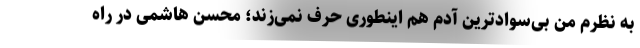
به نظرم من بی‌سوادترین آدم هم اینطوری حرف نمی‌زند؛ محسن هاشمی در راه